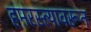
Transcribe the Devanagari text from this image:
हमरस्त्यावरून